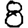
Digit: 8